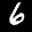
Label: 6